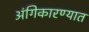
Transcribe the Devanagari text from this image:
अंगिकारण्यात